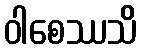
ဝါစေဿသိ